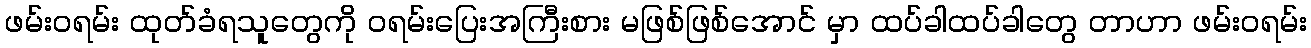
ဖမ်းဝရမ်း ထုတ်ခံရသူတွေကို ဝရမ်းပြေးအကြီးစား မဖြစ်ဖြစ်အောင် မှာ ထပ်ခါထပ်ခါတွေ တာဟာ ဖမ်းဝရမ်း